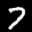
Label: 7